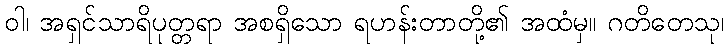
ဝါ၊ အရှင်သာရိပုတ္တရာ အစရှိသော ရဟန်းတာတို့၏ အထံမှ။ ဂတိတေသု၊